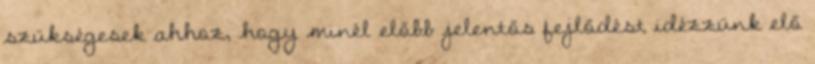
szükségesek ahhoz, hogy minél előbb jelentős fejlődést idézzünk elő